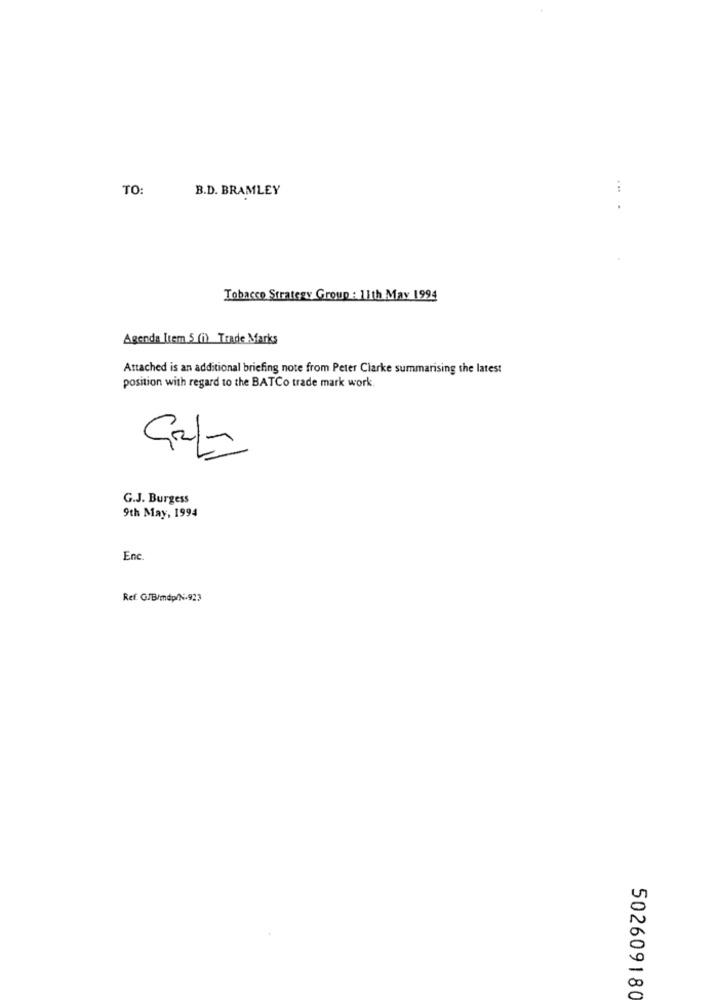
TO:
B.D. BRAMLEY
Tobacco Strategy Group : 11th May 1994
Agenda Item 5 (i) Trade Marks
Attached is an additional briefing note from Peter Clarke summarising the latest
position with regard to the BATCo trade mark work
G.J. Burgess
9th May, 1994
Enc
Ref. G/B/mdp/N-923
502609180